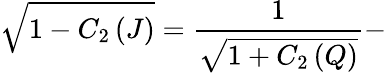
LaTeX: \sqrt{1-C_{2}\left(J\right)}=\frac{1}{\sqrt{1+C_{2}\left(Q\right)}}-